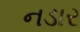
નડાર